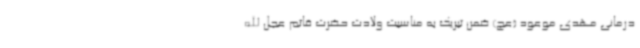
درمانی مهدی موعود (عج) ضمن تبریک به مناسبت ولادت حضرت قائم عجل الله